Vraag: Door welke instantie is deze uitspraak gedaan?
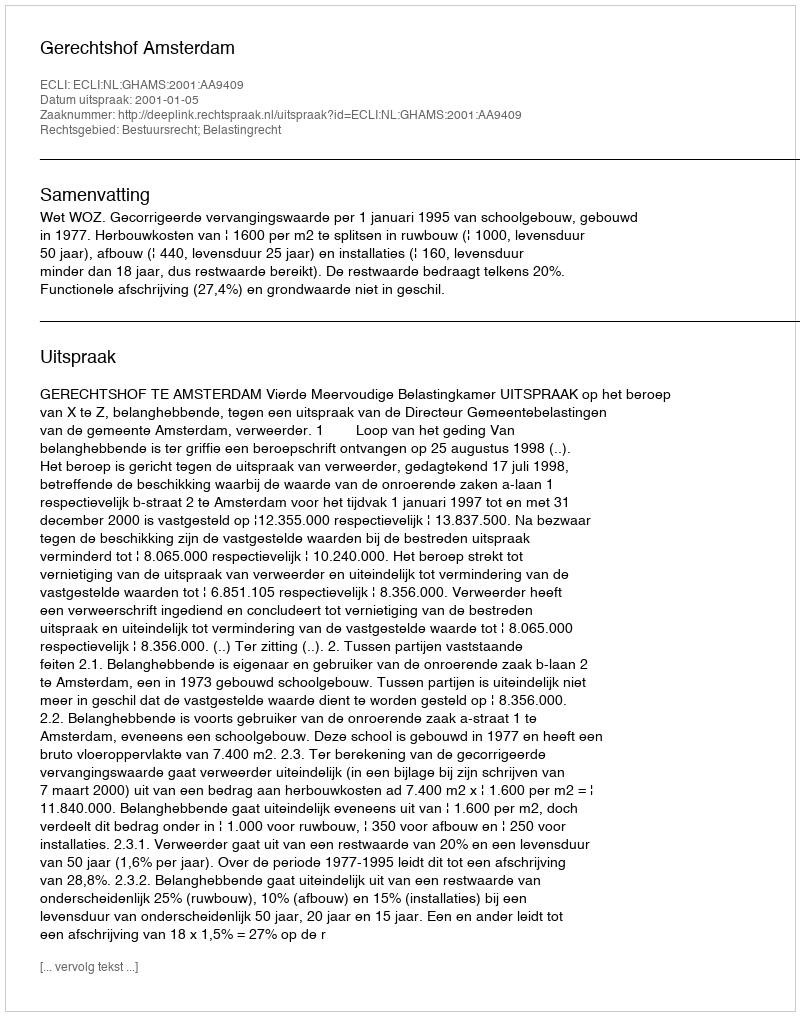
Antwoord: Gerechtshof Amsterdam